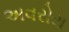
અવરોરા